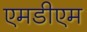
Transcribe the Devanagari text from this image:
एमडीएम